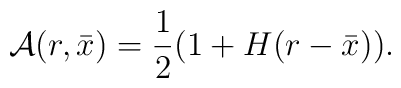
{\cal A}(r,\bar x)={1\over 2}(1+H(r-\bar x)).